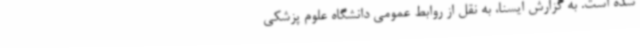
شده است. به گزارش ایسنا، به نقل از روابط عمومی دانشگاه علوم پزشکی